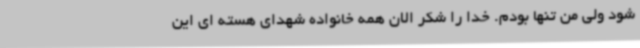
شود ولی من تنها بودم. خدا را شکر الان همه خانواده شهدای هسته ای این